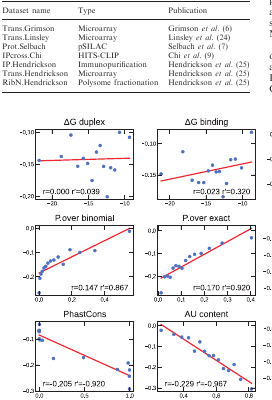
<table><thead><tr><td><b>Dataset name</b></td><td><b>Type</b></td><td><b>Publication</b></td></tr></thead><tbody><tr><td>Trans.Grimson</td><td>Microarray</td><td>Grimson <i>et al.</i> (6)</td></tr><tr><td>Trans.Linsley</td><td>Microarray</td><td>Linsley <i>et al.</i> (24)</td></tr><tr><td>Prot.Selbach</td><td>pSILAC</td><td>Selbach <i>et al.</i> (7)</td></tr><tr><td>IPcross.Chi</td><td>HITS-CLIP</td><td>Chi <i>et al.</i> (9)</td></tr><tr><td>IP.Hendrickson</td><td>Immunopurification</td><td>Hendrickson <i>et al.</i> (25)</td></tr><tr><td>Trans.Hendrickson</td><td>Microarray</td><td>Hendrickson <i>et al.</i> (25)</td></tr><tr><td>RibN.Hendrickson</td><td>Polysome fractionation</td><td>Hendrickson <i>et al.</i> (25)</td></tr></tbody></table>